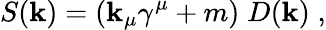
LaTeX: S(\mathbf{k})=(\mathbf{k}_{\mu}\gamma^{\mu}+m)\; D(\mathbf{k})\; ,